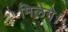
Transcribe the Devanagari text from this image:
मिलेगे।